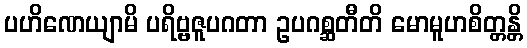
ပဟိဏေယျာမိ ပရိဗ္ဗဇူပဂတာ ဥပဂစ္ဆတီတိ မောမူဟစိတ္တန္တိ